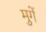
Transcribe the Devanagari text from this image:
मुगें